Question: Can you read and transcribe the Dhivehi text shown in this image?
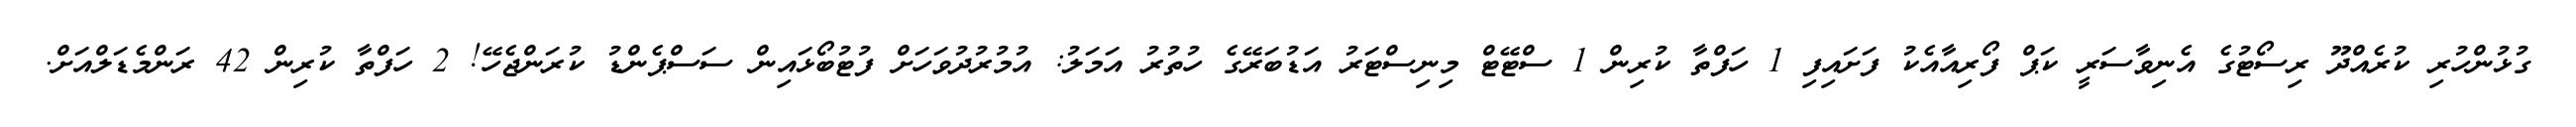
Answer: ގުޅުންހުރި ކުރެއްދޫ ރިސޯޓުގެ އެނިވާސަރީ ކަޕް ފޯރިއާއެކު ފަށައިފި 1 ހަފްތާ ކުރިން 1 ސްޓޭޓް މިނިސްޓަރު އަޑުބަރޭގެ ހުތުރު އަމަލު: އުމުރުދުވަހަށް ފުޓުބޯޅައިން ސަސްޕެންޑު ކުރަންޖެހޭ! 2 ހަފްތާ ކުރިން 42 ރަންމެޑަލްއަށް.